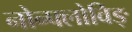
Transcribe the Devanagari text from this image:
नोन्फ्लोविङ्